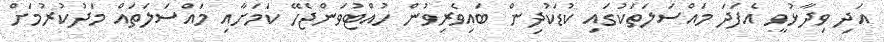
އަދި ވިދާޅުވީ އެފަދަ މައްސަލަތަކުގައި ކުޑަކުދިން ބައިވެރިވުން ހުއްޓުވަންޖެހޭ ކަމަށާއި މައްސަލަތައް މަދުކުރުމަށް